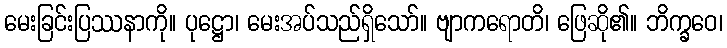
မေးခြင်းပြဿနာကို။ ပုဋ္ဌော၊ မေးအပ်သည်ရှိသော်။ ဗျာကရောတိ၊ ဖြေဆို၏။ ဘိက္ခဝေ၊